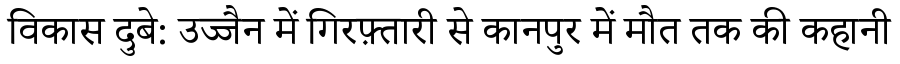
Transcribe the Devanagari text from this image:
विकास दुबे: उज्जैन में गिरफ़्तारी से कानपुर में मौत तक की कहानी